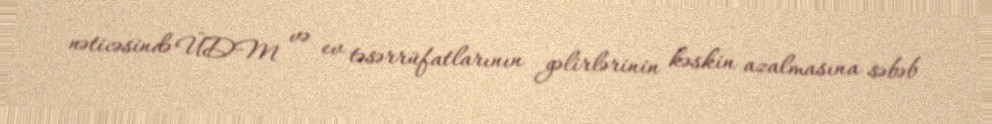
nəticəsində ÜDM və ev təsərrüfatlarının gəlirlərinin kəskin azalmasına səbəb